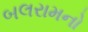
બલરામનો